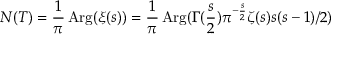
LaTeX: N ( T ) = { \frac { 1 } { \pi } } \mathop { \mathrm { A r g } } ( \xi ( s ) ) = { \frac { 1 } { \pi } } \mathop { \mathrm { A r g } } ( \Gamma ( { \frac { s } { 2 } } ) \pi ^ { - { \frac { s } { 2 } } } \zeta ( s ) s ( s - 1 ) / 2 )